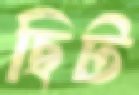
ছিট